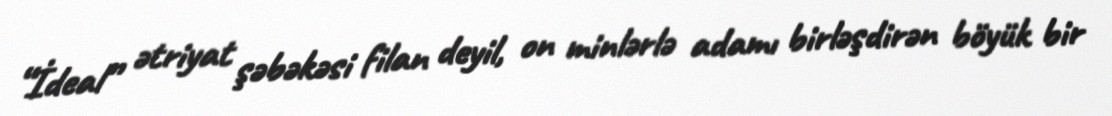
“İdeal” ətriyat şəbəkəsi filan deyil, on minlərlə adamı birləşdirən böyük bir